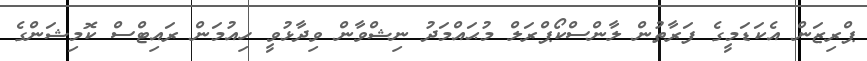
ޕްރިޒަން އެކަޑަމީގެ ފަރާތުން ލާންސްކޯޕްރަލް މުޙައްމަދު ނިޝްވާން ވިދާޅުވީ ހިއުމަން ރައިޓްސް ކޮމިޝަންގެ